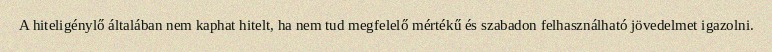
A hiteligénylő általában nem kaphat hitelt, ha nem tud megfelelő mértékű és szabadon felhasználható jövedelmet igazolni.